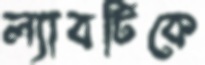
ল্যাবটিকে